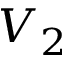
V _ { 2 }